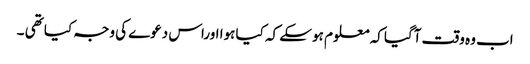
اب وہ وقت آگیا کہ معلوم ہو سکے کہ کیا ہوا اوراس دعوے کی وجہ کیا تھی ۔